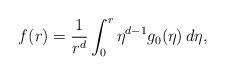
LaTeX: \begin{align*}f(r)= \frac{1}{r^d} \int_0^r \eta^{d - 1} g_0(\eta) \, d \eta,\end{align*}